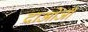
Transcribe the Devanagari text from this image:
दाओजी